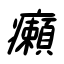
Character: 癩